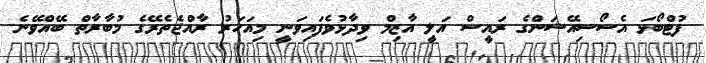
ފުޓްބޯޅަ އެސޯސިއޭޝަންގެ ރައީސް އަލީ އާޒިމް ވިދާޅުވެފައިވަނީ މިއަހަރު ރާއްޖެތެރޭގެ މުބާރާތް ބޭއްވޭނެ